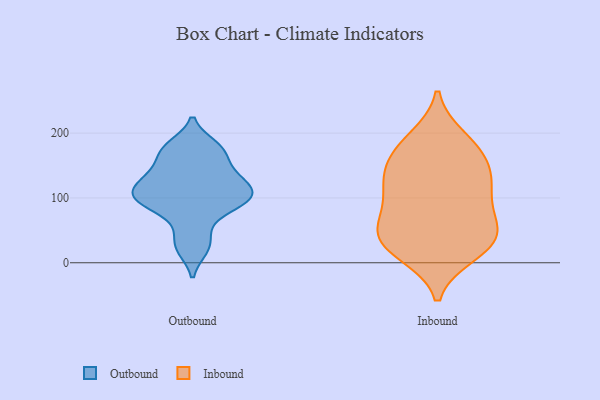
{"axis": {"x": "Operating Costs (USD K)", "y": "Value"}, "legend": ["Inbound", "Outbound"], "data": [{"x": "", "y": 120, "type": "Outbound"}, {"x": "", "y": 135, "type": "Outbound"}, {"x": "", "y": 50, "type": "Outbound"}, {"x": "", "y": 115, "type": "Outbound"}, {"x": "", "y": 113, "type": "Outbound"}, {"x": "", "y": 85, "type": "Outbound"}, {"x": "", "y": 22, "type": "Outbound"}, {"x": "", "y": 175, "type": "Outbound"}, {"x": "", "y": 141, "type": "Outbound"}, {"x": "", "y": 180, "type": "Outbound"}, {"x": "", "y": 101, "type": "Outbound"}, {"x": "", "y": 100, "type": "Outbound"}, {"x": "", "y": 134, "type": "Outbound"}, {"x": "", "y": 87, "type": "Outbound"}, {"x": "", "y": 25, "type": "Outbound"}, {"x": "", "y": 94, "type": "Outbound"}, {"x": "", "y": 166, "type": "Outbound"}, {"x": "", "y": 175, "type": "Outbound"}, {"x": "", "y": 101, "type": "Outbound"}, {"x": "", "y": 56, "type": "Inbound"}, {"x": "", "y": 93, "type": "Inbound"}, {"x": "", "y": 122, "type": "Inbound"}, {"x": "", "y": 145, "type": "Inbound"}, {"x": "", "y": 174, "type": "Inbound"}, {"x": "", "y": 24, "type": "Inbound"}, {"x": "", "y": 42, "type": "Inbound"}, {"x": "", "y": 78, "type": "Inbound"}, {"x": "", "y": 49, "type": "Inbound"}, {"x": "", "y": 41, "type": "Inbound"}, {"x": "", "y": 121, "type": "Inbound"}, {"x": "", "y": 192, "type": "Inbound"}, {"x": "", "y": 14, "type": "Inbound"}, {"x": "", "y": 119, "type": "Inbound"}, {"x": "", "y": 22, "type": "Inbound"}, {"x": "", "y": 152, "type": "Inbound"}, {"x": "", "y": 182, "type": "Inbound"}]}